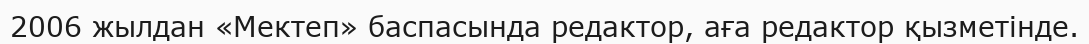
2006 жылдан «Мектеп» баспасында редактор, аға редактор қызметінде.